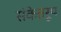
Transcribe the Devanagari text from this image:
संकेतरूप